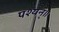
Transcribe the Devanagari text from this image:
पश्यन्॥